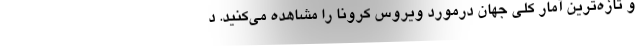
و تازه‌ترین آمار کلی جهان درمورد ویروس کرونا را مشاهده می‌کنید. د